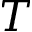
T